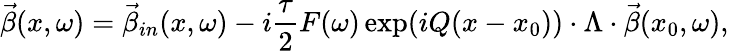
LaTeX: \vec{\beta}(x,\omega)=\vec{\beta}_{in}(x,\omega)-i\frac{\tau}{2}F(\omega)\exp(iQ(x-x_{0}))\cdot\Lambda\cdot\vec{\beta}(x_{0},\omega),